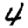
Digit: 4